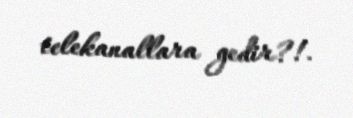
telekanallara gedir?!.